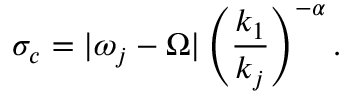
\sigma _ { c } = | \omega _ { j } - \Omega | \left( \frac { k _ { 1 } } { k _ { j } } \right) ^ { - \alpha } .